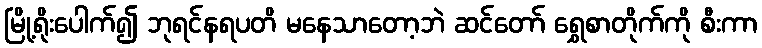
မြို့ရိုးပေါက်၍ ဘုရင်နရပတိ မနေသာတော့ဘဲ ဆင်တော် ရွှေစာတိုက်ကို စီးကာ